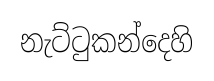
නැට්ටුකන්දෙහි